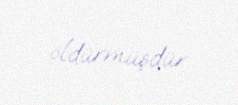
öldürmüşdür.